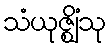
သံယုဇ္ဈိံသု